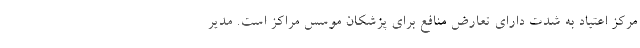
مرکز اعتیاد به شدت دارای تعارض منافع برای پزشکان موسس مراکز است. مدیر